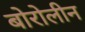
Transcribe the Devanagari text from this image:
बोरोलीन